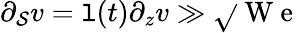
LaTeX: \partial_{\mathcal{S}}v=\mathtt{l}(t)\partial_{z}v\gg\sqrt{}{{\mathrm{{~W~e~}}}}